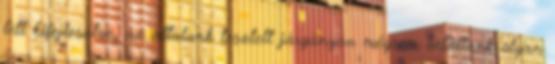
lett kifejlesztve, az általunk tesztelt járgányon mégsem találtunk olyan